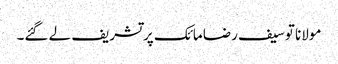
مولانا توسیف رضا مائک پر تشریف لے گئے۔